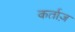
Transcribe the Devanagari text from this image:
कर्ताज़